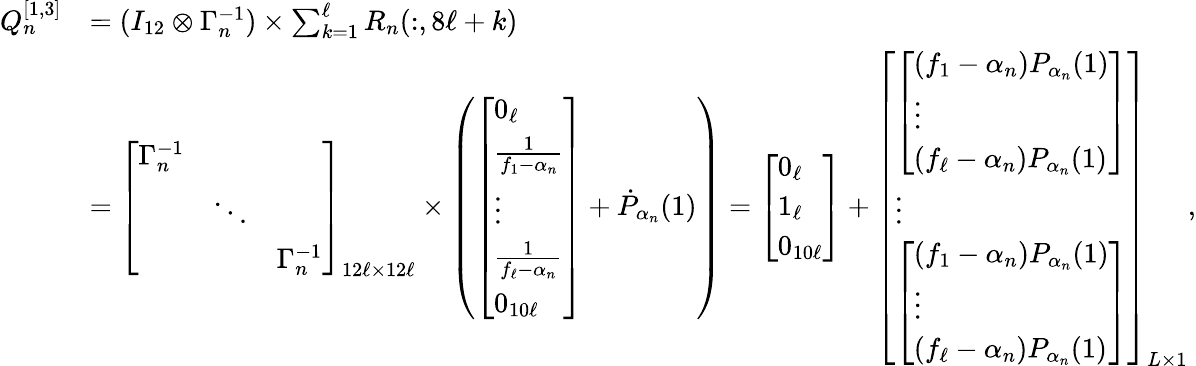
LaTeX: \begin{array}{rl}{Q_{n}^{[1,3]}}&{=(I_{12}\otimes\Gamma_{n}^{-1})\times\sum_{k=1}^{\ell}R_{n}(:,8\ell+k)}\\ &{=\left[\begin{array}{lll}{\Gamma_{n}^{-1}}&&\\ &{\ddots}&\\ &&{\Gamma_{n}^{-1}}\end{array}\right]_{12\ell\times 12\ell}\times\left(\left[\begin{array}{l}{0_{\ell}}\\ {\frac{1}{f_{1}-\alpha_{n}}}\\ {\vdots}\\ {\frac{1}{f_{\ell}-\alpha_{n}}}\\ {0_{10\ell}}\end{array}\right]+\dot{P}_{\alpha_{n}}(1)\right)=\left[\begin{array}{l}{0_{\ell}}\\ {1_{\ell}}\\ {0_{10\ell}}\end{array}\right]+\left[\begin{array}{l}{\left[\begin{array}{l}{(f_{1}-\alpha_{n})P_{\alpha_{n}}(1)}\\ {\vdots}\\ {(f_{\ell}-\alpha_{n})P_{\alpha_{n}}(1)}\end{array}\right]}\\ {\vdots}\\ {\left[\begin{array}{l}{(f_{1}-\alpha_{n})P_{\alpha_{n}}(1)}\\ {\vdots}\\ {(f_{\ell}-\alpha_{n})P_{\alpha_{n}}(1)}\end{array}\right]}\end{array}\right]_{L\times 1},}\end{array}